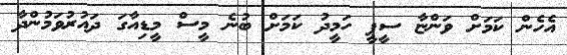
އެހެން ކަމަށް ވަންޏާ ސީޕީ ހަމީދު ކަމަށް ބުނެ މީސް މީޑިއާގަ ދައުރުވަމުންދާ